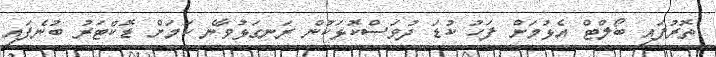
ތޮރުފައި ބޯލްޓް އެޅުމަށް ފަހު ކުޑަ ދުވަސްކޮޅަކުން ރަނގަޅުވާނެ ކަމަށް ޑޮކްޓަރު ބުނެފައި